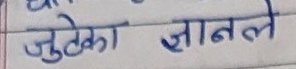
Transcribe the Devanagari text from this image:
जुम्लेका ज्ञानले